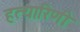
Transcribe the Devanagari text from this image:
हत्यारिणी